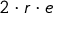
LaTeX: \, 2 \cdot r \cdot e